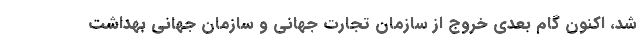
شد، اکنون گام بعدی خروج از سازمان تجارت جهانی و سازمان جهانی بهداشت